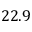
2 2 . 9